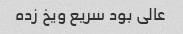
عالی بود سریع ویخ زده